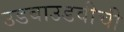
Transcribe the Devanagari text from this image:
उडवाउडवीची